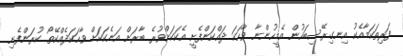
ފަރިތަކަމާއެކު އިނގިރޭސިބަހުން އެމީހުންނާ ވާހަކަ ދައްކަންފެށީ އެކަކަށްވުރެ ބާރަށް އަނެކަކަށް ވާހަކަދެއްކޭތޯ ކުރަންފެށި